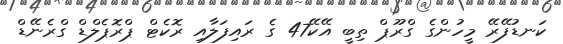
ކަނޑުފޭރޭ މީހުންގެ ގްރޫޕް ތިބީ އޭކޭ47 ގެ ރައިފަލާއި ރޮކެޓް ޕްރޮޕެލްޑް ގްރެނޭޑް